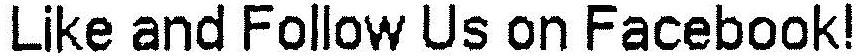
LIKE AND FOLLOW US ON FACEBOOK!